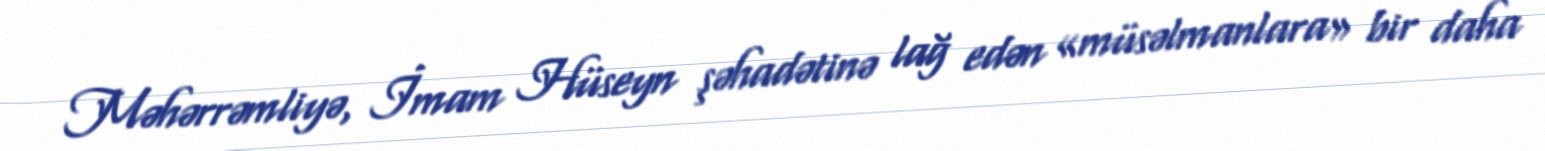
Məhərrəmliyə, İmam Hüseyn şəhadətinə lağ edən «müsəlmanlara» bir daha